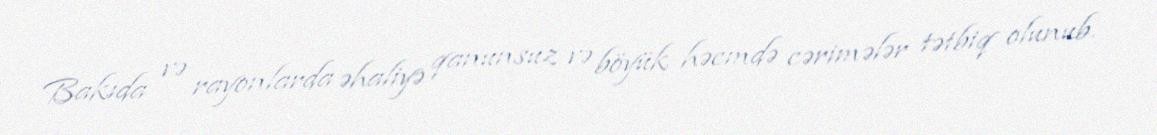
Bakıda və rayonlarda əhaliyə qanunsuz və böyük həcmdə cərimələr tətbiq olunub.